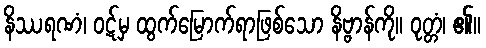
နိဿရဏံ၊ ဝဋ်မှ ထွက်မြောက်ရာဖြစ်သော နိဗ္ဗာန်ကို။ ဝုတ္တံ၊ ၏။